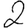
Digit: 2